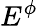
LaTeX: E^{\phi}